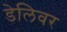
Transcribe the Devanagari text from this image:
डेलिवर